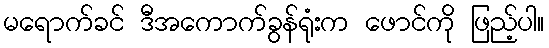
မရောက်ခင် ဒီအကောက်ခွန်ရုံးက ဖောင်ကို ဖြည့်ပါ။